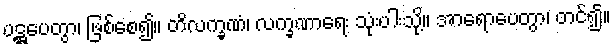
ပဋ္ဌပေတွာ၊ ဖြစ်စေ၍။ တိလက္ခဏံ၊ လက္ခဏာရေး သုံးပါးသို့။ အာရောပေတွာ၊ တင်၍။